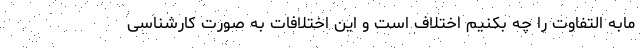
مابه التفاوت را چه بکنیم اختلاف است و این اختلافات به صورت کارشناسی